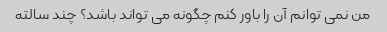
من نمی توانم آن را باور کنم چگونه می تواند باشد؟ چند سالته